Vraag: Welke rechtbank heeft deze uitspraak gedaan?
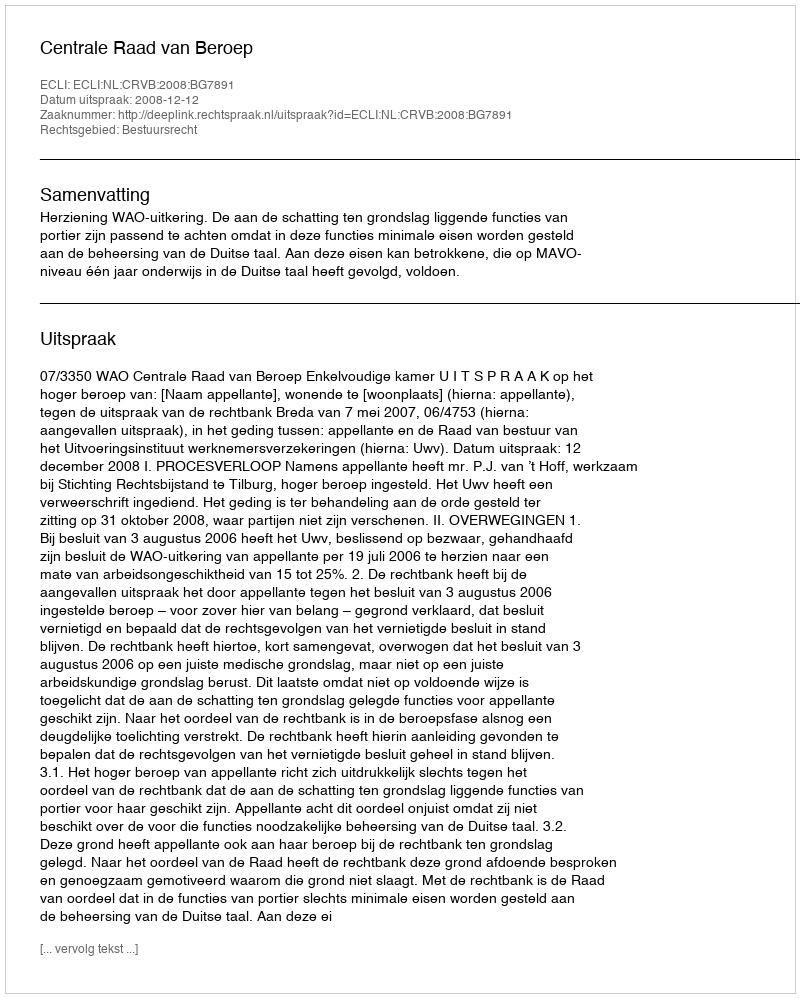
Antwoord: Centrale Raad van Beroep